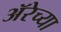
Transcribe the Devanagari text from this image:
ॲरेच्या